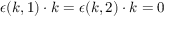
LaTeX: { \boldsymbol { \epsilon } } ( { \boldsymbol { k } } , 1 ) \cdot { \boldsymbol { k } } = { \boldsymbol { \epsilon } } ( { \boldsymbol { k } } , 2 ) \cdot { \boldsymbol { k } } = 0